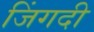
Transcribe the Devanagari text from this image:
जिंगदी